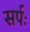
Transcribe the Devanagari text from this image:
सर्पः